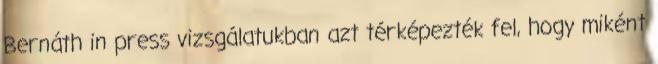
Bernáth in press vizsgálatukban azt térképezték fel, hogy miként